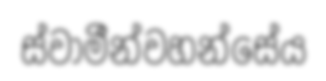
ස්වාමීන්වහන්සේය